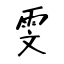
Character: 雯